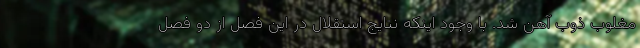
مغلوب ذوب آهن شد. با وجود اینکه نتایج استقلال در این فصل از دو فصل